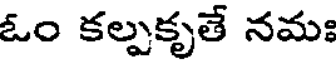
ఓం కల్పకృతే నమః